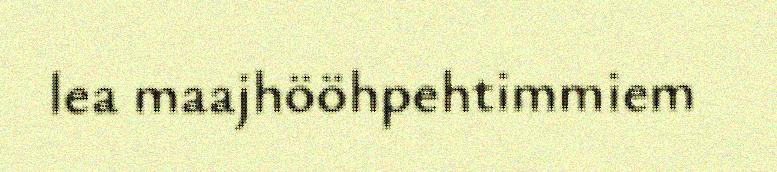
lea maajhööhpehtimmiem